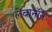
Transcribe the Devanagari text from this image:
लेबानॉन